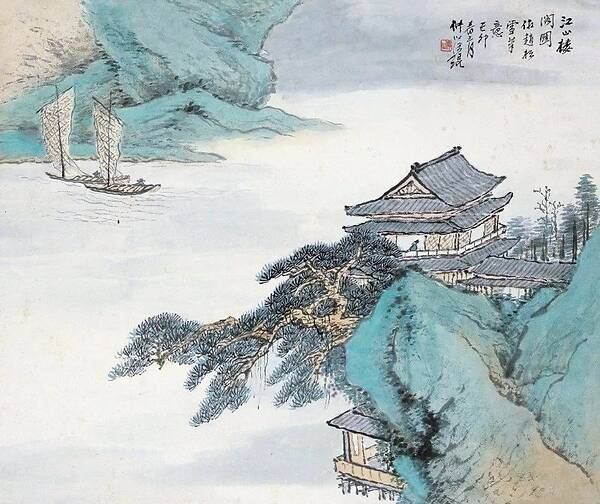
待何年归去，谈笑各争雄。